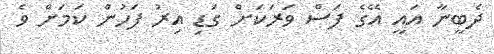
ދެބީނާ އައީ އޭގެ ފަސް ވަރަކަށް ގަޑި އިރު ފަހުން ކަމަށް ވެ